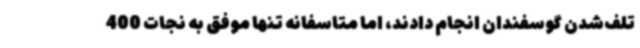
تلف‌شدن گوسفندان انجام دادند، اما متاسفانه تنها موفق به نجات‌ 400